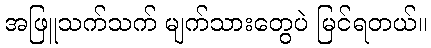
အဖြူသက်သက် မျက်သားတွေပဲ မြင်ရတယ်။